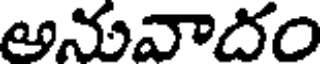
అనువాదం